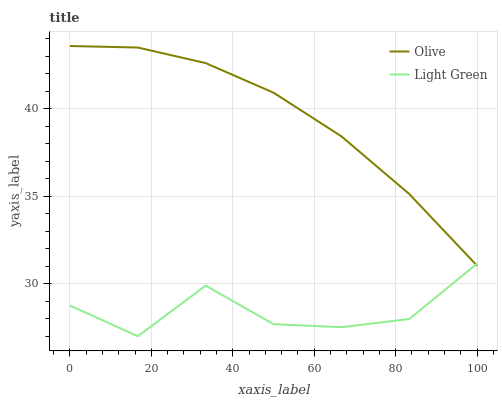
| xaxis_label | Olive | Light Green |
 | --- | --- | --- |
 | 0 | 43.6 | 28.8 |
 | 16.7 | 43.5 | 27 |
 | 33.3 | 42.6 | 29.9 |
 | 50 | 40.9 | 27.7 |
 | 66.7 | 38.4 | 27.5 |
 | 83.3 | 35.1 | 28 |
 | 100 | 31 | 31.2 |